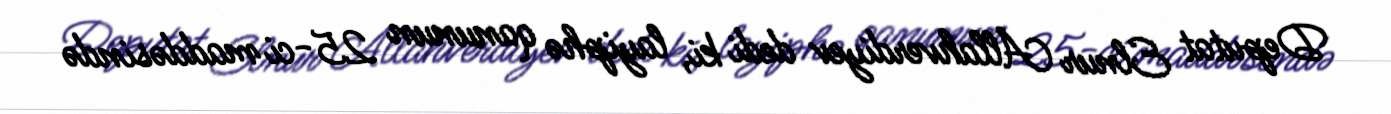
Deputat Elnur Allahverdiyev dedi ki, layiphə qanunun 25-ci maddəsində